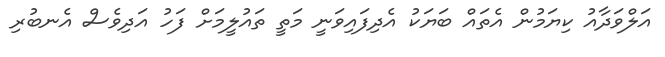
އަލްވަދާއު ކިޔަމުން އެތައް ބަޔަކު އެދިފައިވަނީ މަތީ ތައުލީމަށް ފަހު އަދިވެސް އެނބުރި